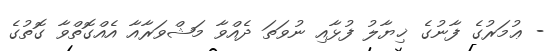
- ޢުމަރުގެ ފާނުގެ ޚިޔާލު ފުޅާއި ނުވަތަ ދެއްވާ މަޝްވަރާއާ އެއްގޮތްވާ ގޮތުގެ